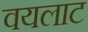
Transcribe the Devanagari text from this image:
वयलाट